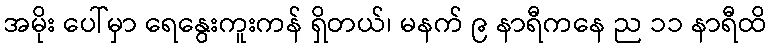
အမိုး ပေါ်မှာ ရေနွေးကူးကန် ရှိတယ်၊ မနက် ၉ နာရီကနေ ည ၁၁ နာရီထိ